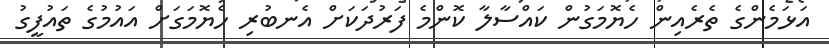
އަޅަމެންގެ ތެރެއިން ހެޔޮމަގުން ކައްސާލާ ކޮންމެ ފަރުދަކަށް އެނބުރި ހެޔޮމަގަށް އައުމުގެ ތައުފީގު